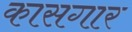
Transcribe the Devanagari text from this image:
कासगार